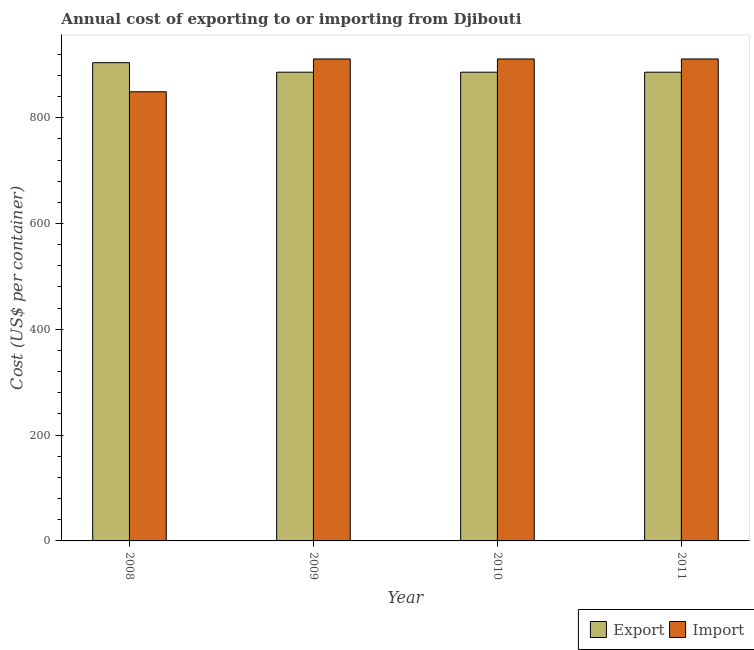
| Year | Export | Import |
 | --- | --- | --- |
 | 2008 | 904 | 849 |
 | 2009 | 886 | 911 |
 | 2010 | 886 | 911 |
 | 2011 | 886 | 911 |